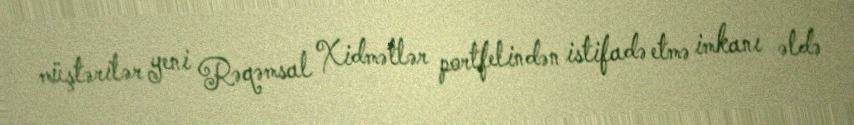
müştərilər yeni Rəqəmsal Xidmətlər portfelindən istifadə etmə imkanı əldə